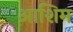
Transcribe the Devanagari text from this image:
आशिम